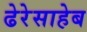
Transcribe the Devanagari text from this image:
ढेरेसाहेब